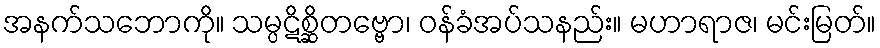
အနက်သဘောကို။ သမ္ပဋိစ္ဆိတဗ္ဗော၊ ဝန်ခံအပ်သနည်း။ မဟာရာဇ၊ မင်းမြတ်။